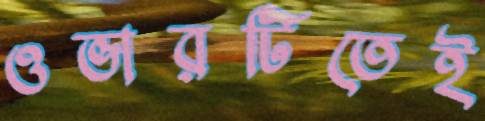
ওভারটিতেই